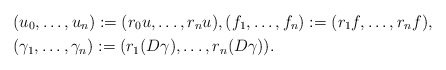
\begin{align*}&(u_{0}, \dots, u_{n}) := (r_{0} u, \dots, r_{n} u), (f_{1}, \dots, f_{n}) := (r_{1} f, \dots, r_{n} f), \\&(\gamma_{1}, \dots, \gamma_{n}) := (r_{1} (D \gamma), \dots, r_{n} (D \gamma)).\end{align*}